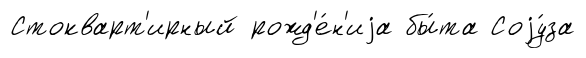
Стокварт'ирный рожд'е́н'иjа бы́та Соjу́за